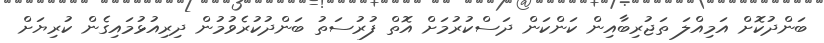
ބަންދުކޮށް އަމިއްލަ ތަޖުރިބާއިން ކަންކަން ދަސްކުރުމަށް އޮތް ފުރުސަތު ބަންދުކުރެވުމުން ދިރިއުޅުމައިގެން ކުރިޔަށް